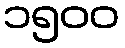
၁၅၀၀